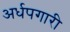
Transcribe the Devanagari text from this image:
अर्धपगारी